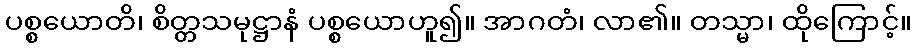
ပစ္စယောတိ၊ စိတ္တသမုဋ္ဌာနံ ပစ္စယောဟူ၍။ အာဂတံ၊ လာ၏။ တသ္မာ၊ ထိုကြောင့်။